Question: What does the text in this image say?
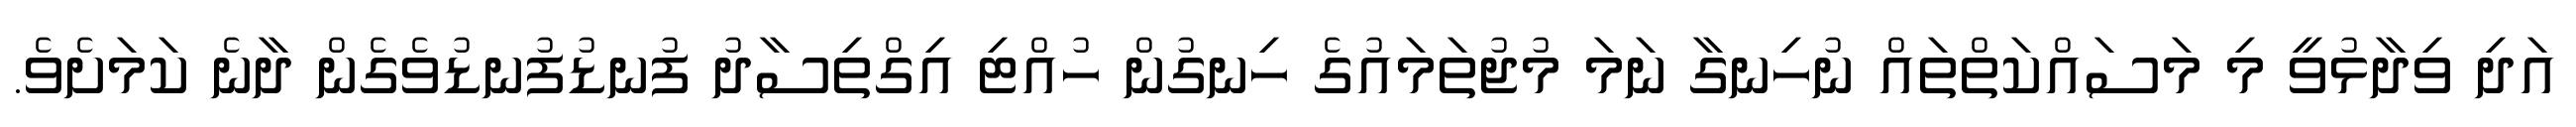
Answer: އަދި ވިދާޅުވީ މި މަސައްކަތްތައް ނުހިނގާ ނަމަ މުޖުތަމައުގެ ހިނގުން ހުއްޓި އިގްތިސާދު ފުނޑުފުނޑުވެގެން ދާނެ ކަމަށެވެ.